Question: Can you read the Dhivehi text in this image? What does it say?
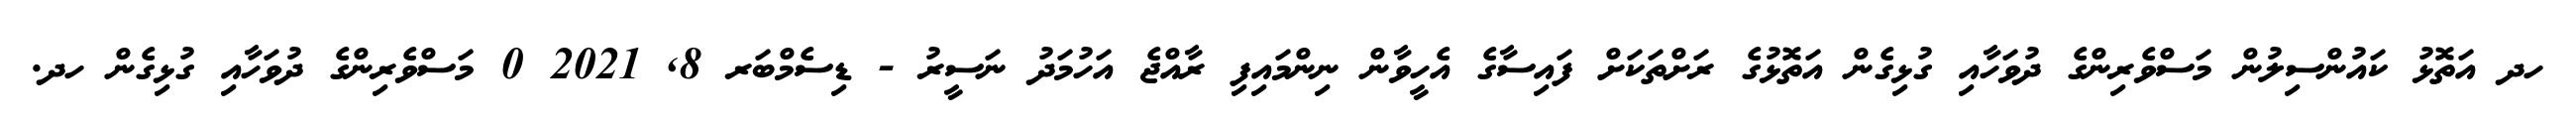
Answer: ހދ އަތޮޅު ކައުންސިލުން މަސްވެރިންގެ ދުވަހާއި ގުޅިގެން އަތޮޅުގެ ރަށްތަކަށް ފައިސާގެ އެހީވާން ނިންމައިފި ރާއްޖެ އަހުމަދު ނަސީރު - ޑިސެމްބަރ 8, 2021 0 މަސްވެރިންގެ ދުވަހާއި ގުޅިގެން ހދ.